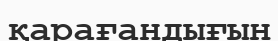
қарағандығын